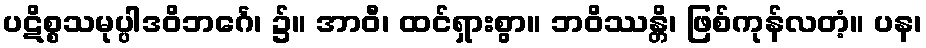
ပဋိစ္စသမုပ္ပါဒဝိဘင်္ဂေ၊ ၌။ အာဝီ၊ ထင်ရှားစွာ။ ဘဝိဿန္တိ၊ ဖြစ်ကုန်လတံ့။ ပန၊